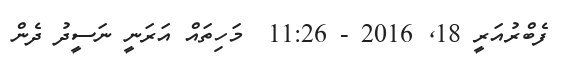
ފެބްރުއަރީ 18